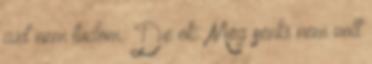
azt nem tudom: De ok: Még senki nem volt